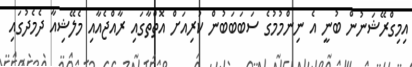
އިމިގްރޭޝަނުން ބުނީ އެ ނިންމުމުގެ ސަަބަބަބުން ކުރިއަށް އޮތްތާގައި ރާއްޖެއާއި މެލޭޝިއާ ދެމެދުގައި